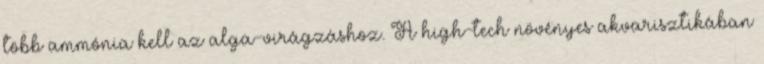
több ammónia kell az alga-virágzáshoz. A high-tech növényes akvarisztikában